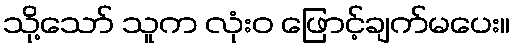
သို့သော် သူက လုံးဝ ဖြောင့်ချက်မပေး။